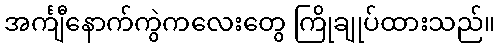
အင်္ကျီနောက်ကွဲကလေးတွေ ကြိုချုပ်ထားသည်။